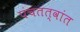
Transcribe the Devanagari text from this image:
पंचतत्वांत